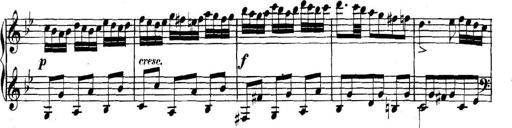
Title: Collected Piano Sonatas
Composer: Muzio Clementi